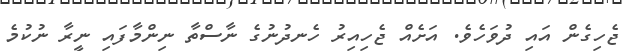
ޖެހިގެން އައި ދުވަހެވެ. އަށެއް ޖެހިއިރު ހެނދުނުގެ ނާސްތާ ނިންމާފައި ނީރާ ނުކުމެ